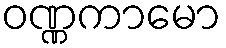
ဝဏ္ဏကာမော